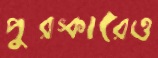
পুরস্কারেও